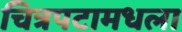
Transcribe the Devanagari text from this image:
चित्रपटामधला